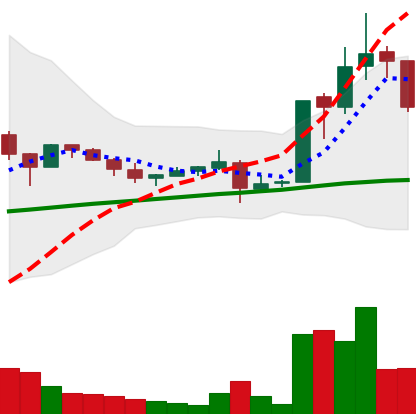
Ticker: LTC-USD
Chart end date: 2017-10-17
Forward return: -4.491%
Label: down_3_5